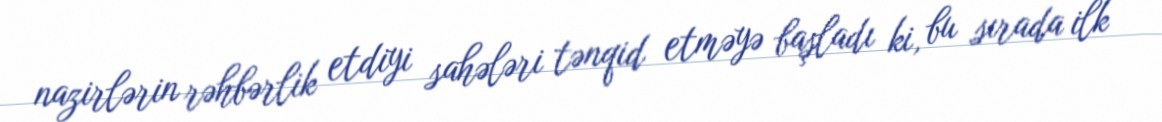
nazirlərin rəhbərlik etdiyi sahələri tənqid etməyə başladı ki, bu sırada ilk